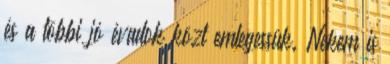
és a többi jó évadok közt emlegessük. Nekem is